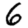
Digit: 6